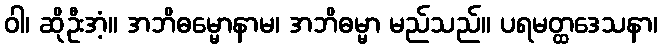
ဝါ၊ ဆိုဦးအံ့။ အဘိဓမ္မောနာမ၊ အဘိဓမ္မာ မည်သည်။ ပရမတ္ထဒေသနာ၊